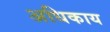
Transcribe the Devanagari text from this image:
अधिकाय